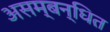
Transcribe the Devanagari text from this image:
असम्बन्धित